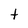
Character: t